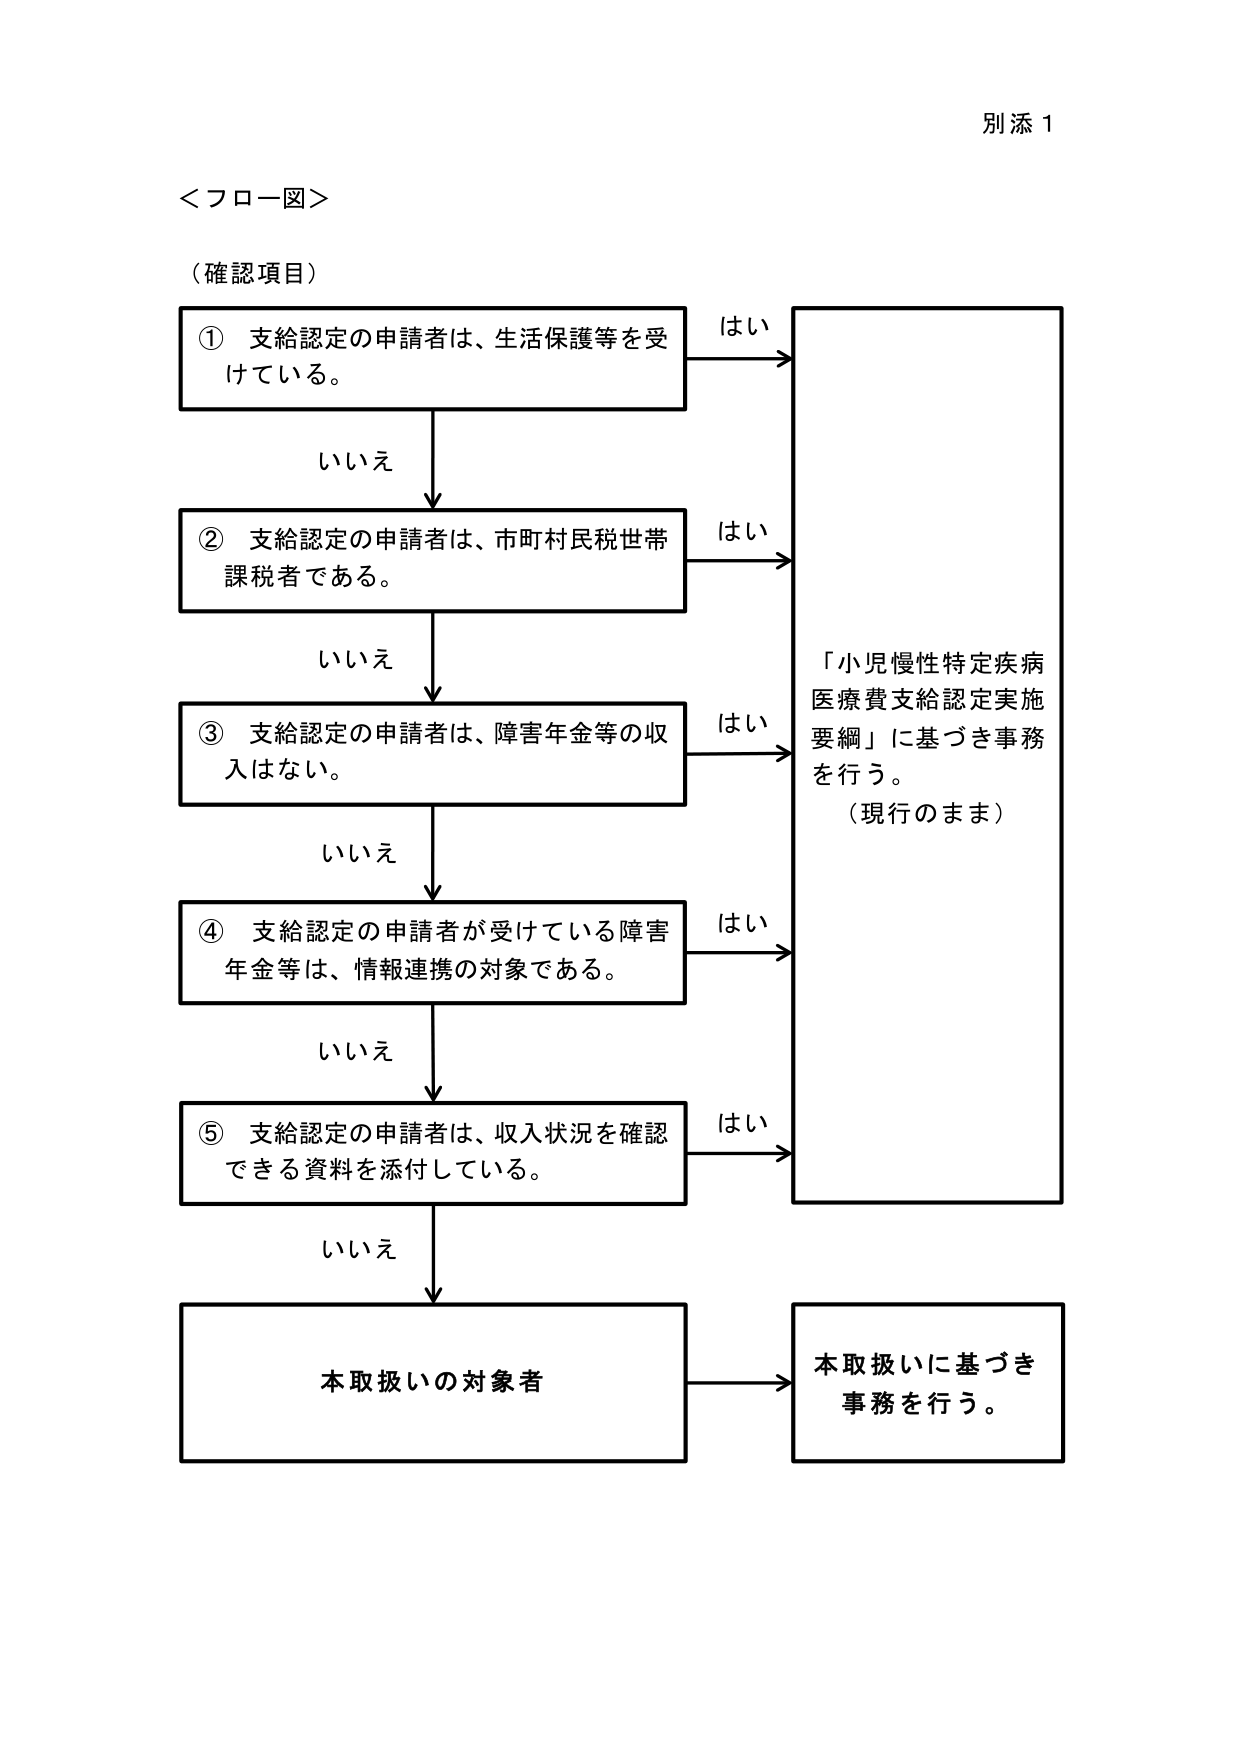
別添１

＜フロー図＞

（確認項目）

① 支給認定の申請者は、生活保護等を受けてている。

はい

② 支給認定の申請者は、市町村民税世帯課税者である。

はい

③ 支給認定の申請者は、障害年金等の収入はない。

はい

④ 支給認定の申請者が受けている障害年金等は、情報連携の対象である。

はい

⑤ 支給認定の申請者は、収入状況を確認できる資料を添付している。

はい

いいえ

いいえ

いいえ

いいえ

いいえ

「小児慢性特定疾病医療費支給認定実施要綱」に基づき事務を行う。
（現行のまま）

本取扱いの対象者

本取扱いに基づき事務を行う。